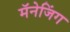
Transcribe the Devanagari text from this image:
मॅनेजिंग